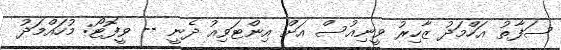
ސަފާތު އަހްމަދު ޒާހިރު ވީނިއުސް އަށް އިންޓަވިއު ދެނީ -- ވީފޮޓޯ: މުހައްމަދު